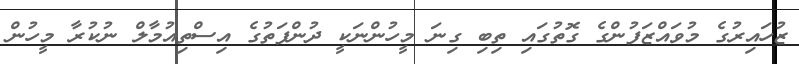
ޒުހައިރުގެ މުވައްޒަފުންގެ ގޮތުގައި ތިބި ގިނަ މީހުންނަކީ ދުންފަތުގެ އިސްތިއުމާލް ނުކުރާ މީހުން